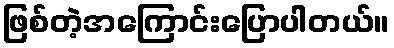
ဖြစ်တဲ့အကြောင်းပြောပါတယ်။